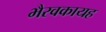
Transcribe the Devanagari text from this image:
भैरवकायह